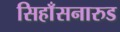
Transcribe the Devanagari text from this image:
सिहाँसनारुड